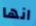
انها